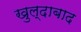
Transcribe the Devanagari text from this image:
खुल्‍दाबाद